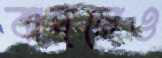
বাদনেও